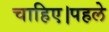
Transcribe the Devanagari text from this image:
चाहिए।पहले